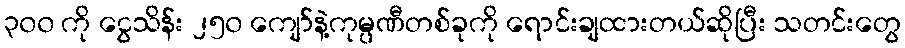
၃၀၀ ကို ငွေသိန်း ၂၅၀ ကျော်နဲ့ကုမ္ပဏီတစ်ခုကို ရောင်းချထားတယ်ဆိုပြီး သတင်းတွေ